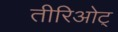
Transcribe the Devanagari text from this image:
तीरिओट्